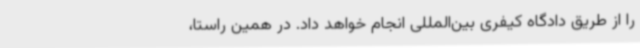
را از طریق دادگاه کیفری بین‌المللی انجام خواهد داد. در همین راستا،